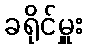
ခရိုင်မှူး